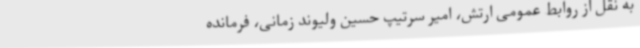
به نقل از روابط عمومی ارتش، امیر سرتیپ حسین ولیوند زمانی، فرمانده